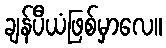
ချန်ပီယံဖြစ်မှာလေ။